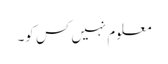
معلوم نہیں کس کو۔